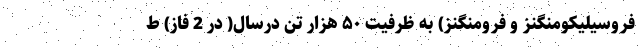
فروسیلیکومنگنز و فرومنگنز) به ظرفیت ۵۰ هزار تن درسال( در 2 فاز) ط